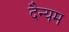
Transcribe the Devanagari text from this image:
दैन्यम